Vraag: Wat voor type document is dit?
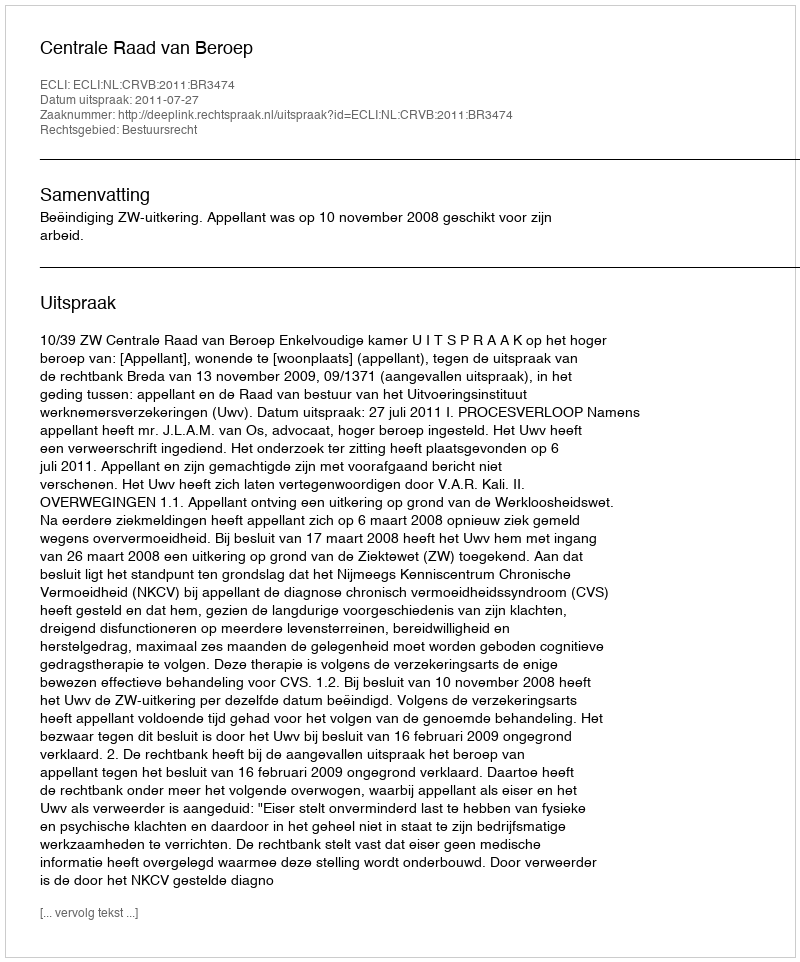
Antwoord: Uitspraak